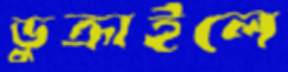
ডুক্‌রাইলে